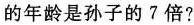
的年龄是孙子的 7 倍?